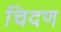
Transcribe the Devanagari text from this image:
चिदण